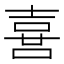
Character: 𠺇